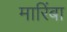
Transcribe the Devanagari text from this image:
मारिंबा